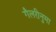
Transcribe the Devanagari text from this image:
गैलरीनुमा